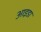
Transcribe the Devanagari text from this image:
आइडा